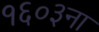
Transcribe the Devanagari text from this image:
१६०३ना